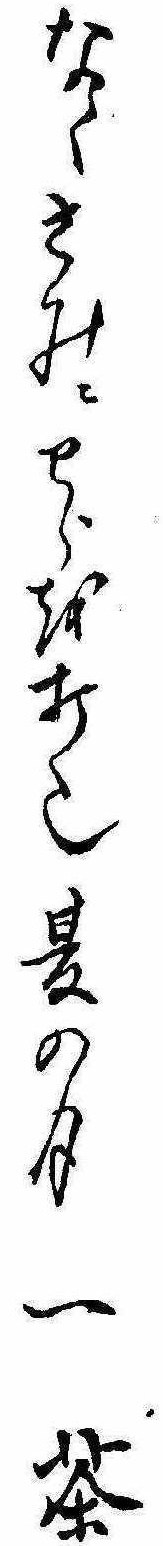
なくさみにわらを打也夏の月一茶